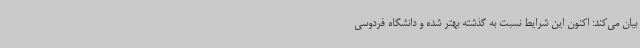
بیان می‌کند: اکنون این شرایط نسبت به گذشته بهتر شده و دانشگاه فردوسی